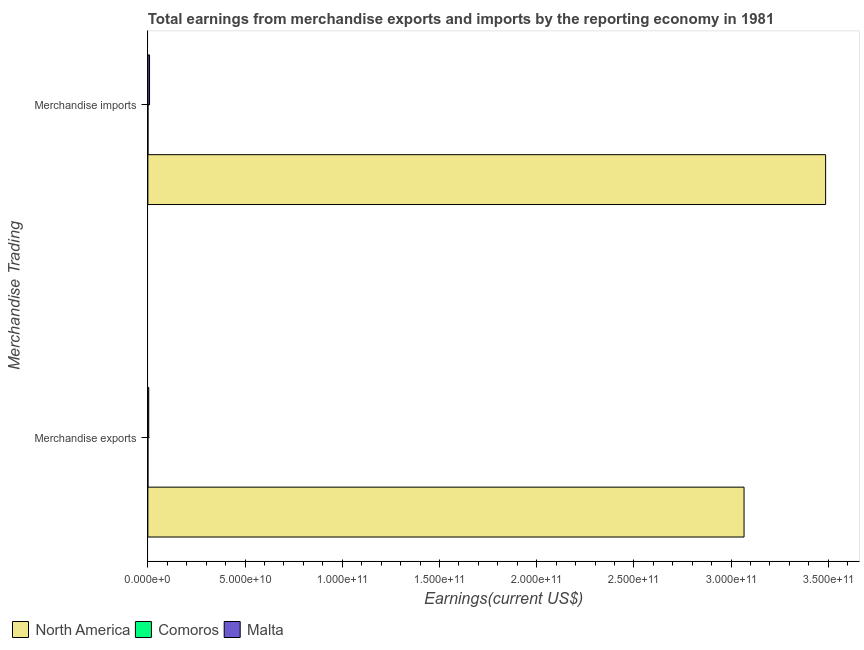
| Merchandise Trading | North America | Comoros | Malta |
 | --- | --- | --- | --- |
 | Merchandise exports | 3.07e+11 | 2.68e+07 | 4.5e+08 |
 | Merchandise imports | 3.49e+11 | 4.88e+07 | 8.6e+08 |